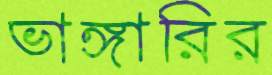
ভাঙ্গারির